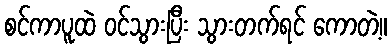
စင်ကာပူထဲ ဝင်သွားပြီး သွားတက်ရင် ကောတဲ့။